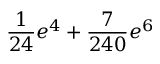
\frac { 1 } { 2 4 } e ^ { 4 } + \frac { 7 } { 2 4 0 } e ^ { 6 }